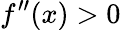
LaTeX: f^{\prime\prime}(x)>0